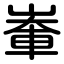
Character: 輋